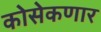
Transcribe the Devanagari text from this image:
कोसेकणार